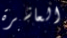
العاشرة